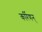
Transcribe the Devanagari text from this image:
कर्रिणन्